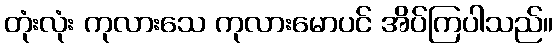
တုံးလုံး ကုလားသေ ကုလားမောပင် အိပ်ကြပါသည်။